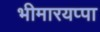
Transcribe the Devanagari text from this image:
भीमारयप्पा